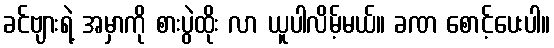
ခင်ဗျားရဲ့ အမှာကို စားပွဲထိုး လာ ယူပါလိမ့်မယ်။ ခဏ စောင့်ပေးပါ။